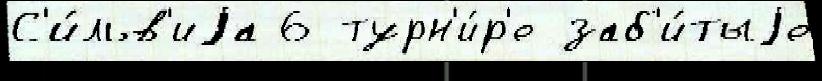
С'и́льв'иjа 6 турн'и́р'е заб'и́тыjе